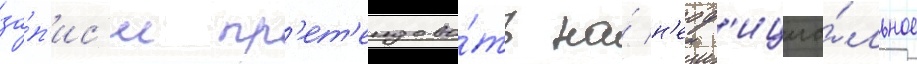
за́п'ис'и пр'ет'ендова́ть на́ н'еоф'ициа́льное